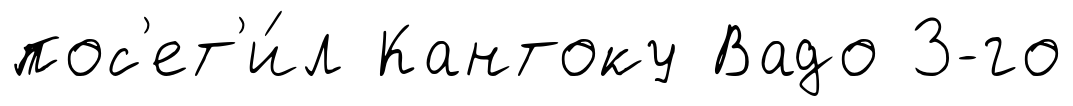
пос'ет'и́л Кантоку Вадо 3-го